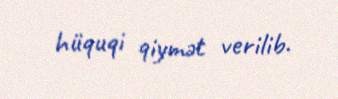
hüquqi qiymət verilib.